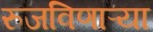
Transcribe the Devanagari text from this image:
रुजविणाऱ्या